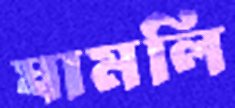
ঘামলি